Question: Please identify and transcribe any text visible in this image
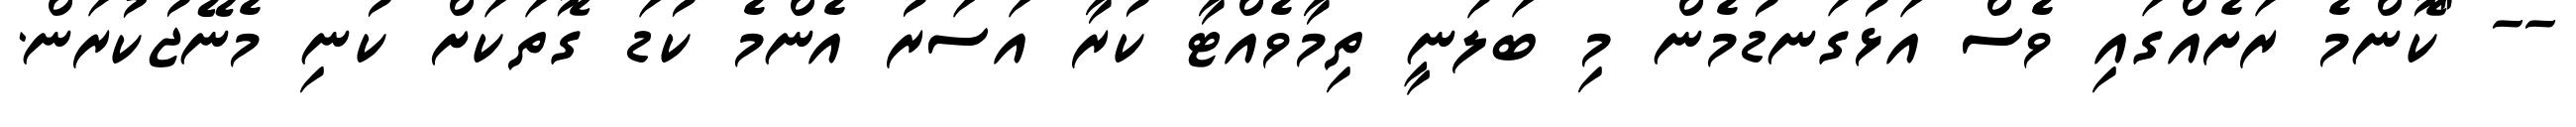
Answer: -- "ކޮންމެ ރަށެއްގައި ވެސް އަޅުގަނޑުމެން މި ބަލަނީ ތިމާވެއްޓާ ކުރާ އަސަރު އެންމެ ކުޑަ ގޮތަކަށް ކުނި މެނޭޖުކުރަން.